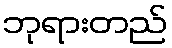
ဘုရားတည်